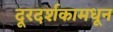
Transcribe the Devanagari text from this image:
दूरदर्शकामधून